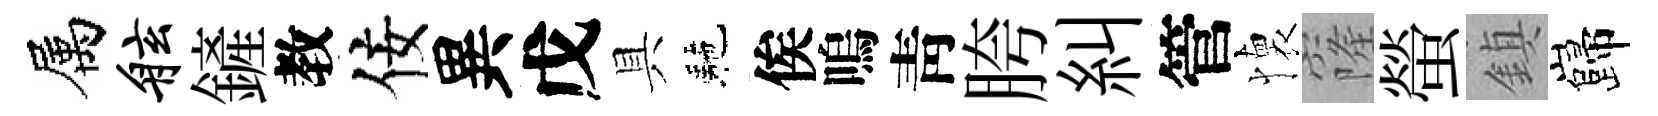
属舷鏟教佞異戊具駰俟嗚靑胯糾管懐窿螢鎮巋